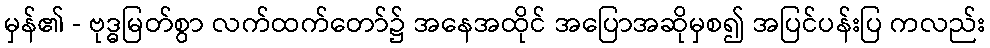
မှန်၏ - ဗုဒ္ဓမြတ်စွာ လက်ထက်တော်၌ အနေအထိုင် အပြောအဆိုမှစ၍ အပြင်ပန်းပြ ကလည်း